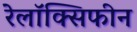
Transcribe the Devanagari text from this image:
रेलॉक्सिफीन